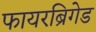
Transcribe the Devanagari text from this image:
फायरब्रिगेड